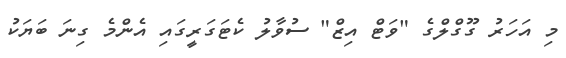
މި އަހަރު ގޫގްލްގެ "ވަޓް އިޒް" ސުވާލު ކެޓަގަރީގައި އެންމެ ގިނަ ބަޔަކު